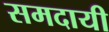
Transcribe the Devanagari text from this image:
समदायी